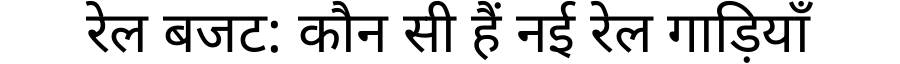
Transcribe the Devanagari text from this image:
रेल बजट: कौन सी हैं नई रेल गाड़ियाँ